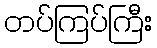
တပ်ကြပ်ကြီး